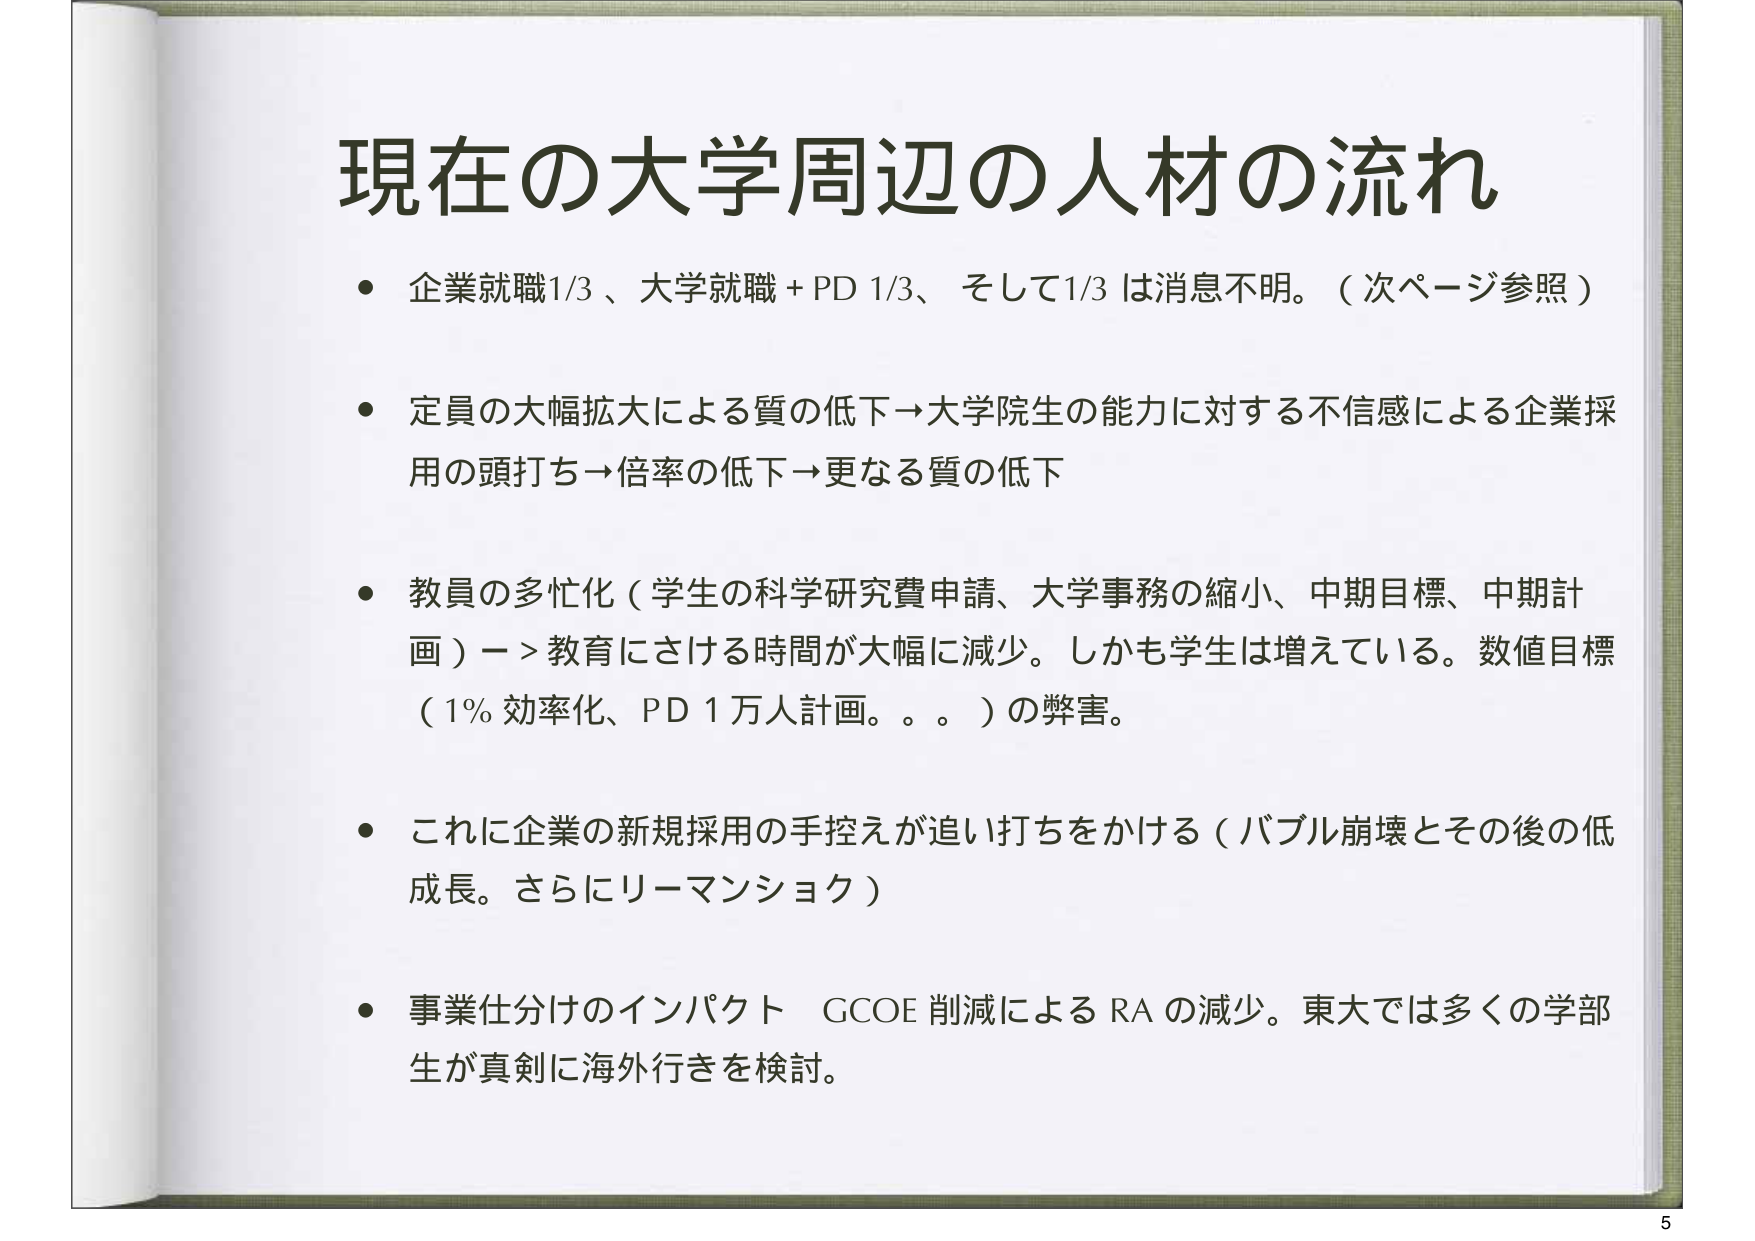
現在の大学周辺の人材の流れ

・企業就職1/3、大学就職＋PD 1/3、そして1/3は消息不明。（次ページ参照）

・定員の大幅拡大による質の低下→大学院生の能力に対する不信感による企業採用の頭打ち→倍率の低下→更なる質の低下

・教員の多忙化（学生の科学研究費申請、大学事務の縮小、中期目標、中期計画）→教育にさける時間が大幅に減少。しかも学生は増えている。数値目標（1％効率化、PD 1万人計画。。。）の弊害。

・これに企業の新規採用の手控えが追い打ちをかける（バブル崩壊とその後の低成長。さらにリーマンショク）

・事業仕分けのインパクト GCOE 削減による RA の減少。東大では多くの学部生が真剣に海外行きを検討。

5